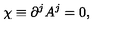
\chi \equiv \partial ^ { j } A ^ { j } = 0 ,